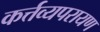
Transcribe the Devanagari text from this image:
कर्त्तव्यपरायण